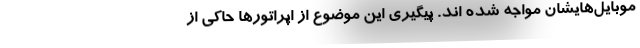
موبایل‌هایشان مواجه شده اند. پیگیری این موضوع از اپراتورها حاکی از